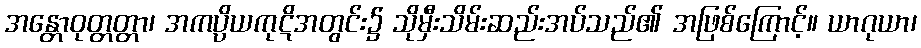
အန္တောဝုတ္တတ္တာ၊ အကပ္ပိယကုဋိအတွင်း၌ သိုမှီးသိမ်းဆည်းအပ်သည်၏ အဖြစ်ကြောင့်။ ယာဂုယာ၊